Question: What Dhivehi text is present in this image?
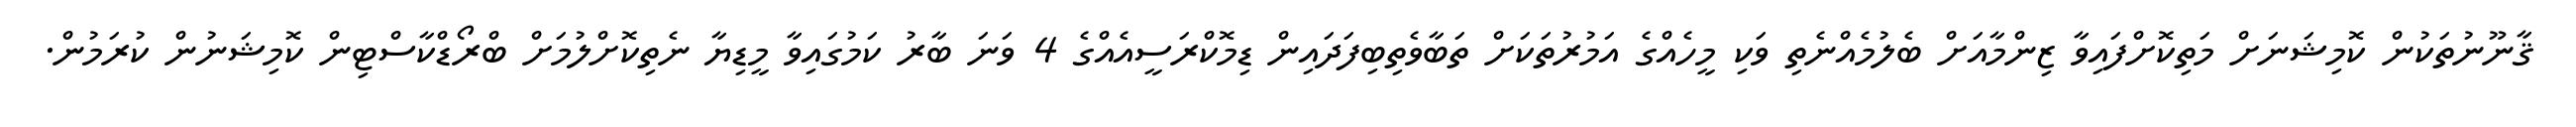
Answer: ޤާނޫނުތަކުން ކޮމިޝަނަށް މަތިކޮށްފައިވާ ޒިންމާއަށް ބެލުމެއްނެތި ވަކި މީހެއްގެ އަމުރުތަކަށް ތަބާވެތިބިފަދައިން ޑިމޮކްރަސީއެއްގެ 4 ވަނަ ބާރު ކަމުގައިވާ މީޑިޔާ ނެތިކޮށްލުމަށް ބްރޯޑްކާސްޓިން ކޮމިޝަނުން ކުރަމުން.